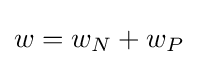
w=w_{N}+w_{P}